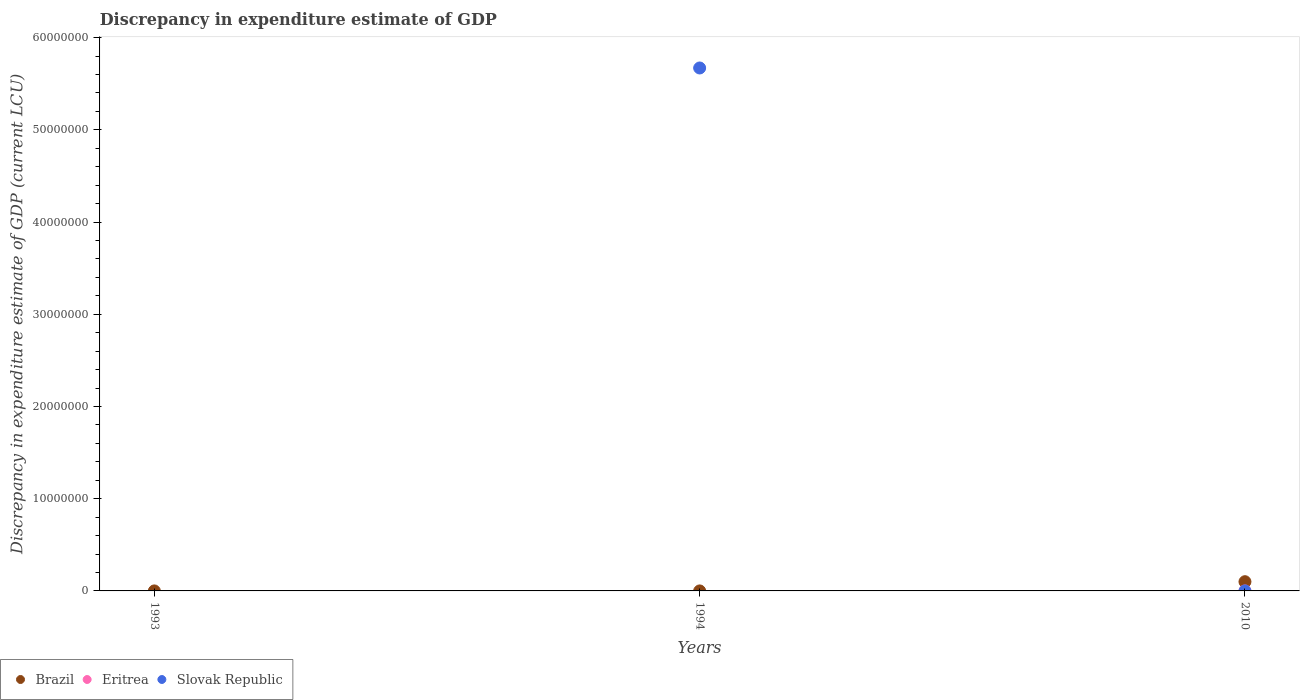
| Years | Brazil | Eritrea | Slovak Republic |
 | --- | --- | --- | --- |
 | 1993 | 300 | -1.14e+07 | -4.29e+06 |
 | 1994 | -3e-05 | -9e+06 | 5.67e+07 |
 | 2010 | 1e+06 | 0.000301 | 7.63e-06 |